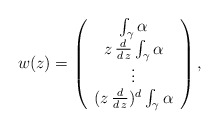
\begin{align*}w(z) = \left( \begin{array}{c} \int_{\gamma} \alpha \\ z \, \frac{d}{d \, z} \int_{\gamma} \alpha \\ \vdots \\ (z \, \frac{d}{d \, z})^d \int_{\gamma} \alpha \end{array} \right),\end{align*}